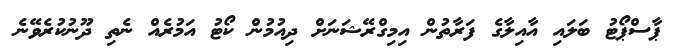
ޕާސްޕޯޓު ބަލައި އާއިލާގެ ފަރާތުން އިމިގްރޭޝަނަށް ދިއުމުން ކޯޓު އަމުރެއް ނެތި ދޫނުކުރެވޭނެ